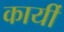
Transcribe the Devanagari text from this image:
कार्यी